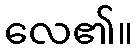
လေ၏။